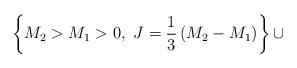
LaTeX: \begin{align*}\left\{M_2>M_1> 0,~J={1\over 3}\left(M_2-M_1\right)\right\}\cup\end{align*}